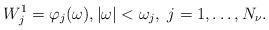
LaTeX: \begin{align*}W_j^1=\varphi_j(\omega),|\omega|<\omega_j,\ j=1,\dots,N_\nu.\end{align*}